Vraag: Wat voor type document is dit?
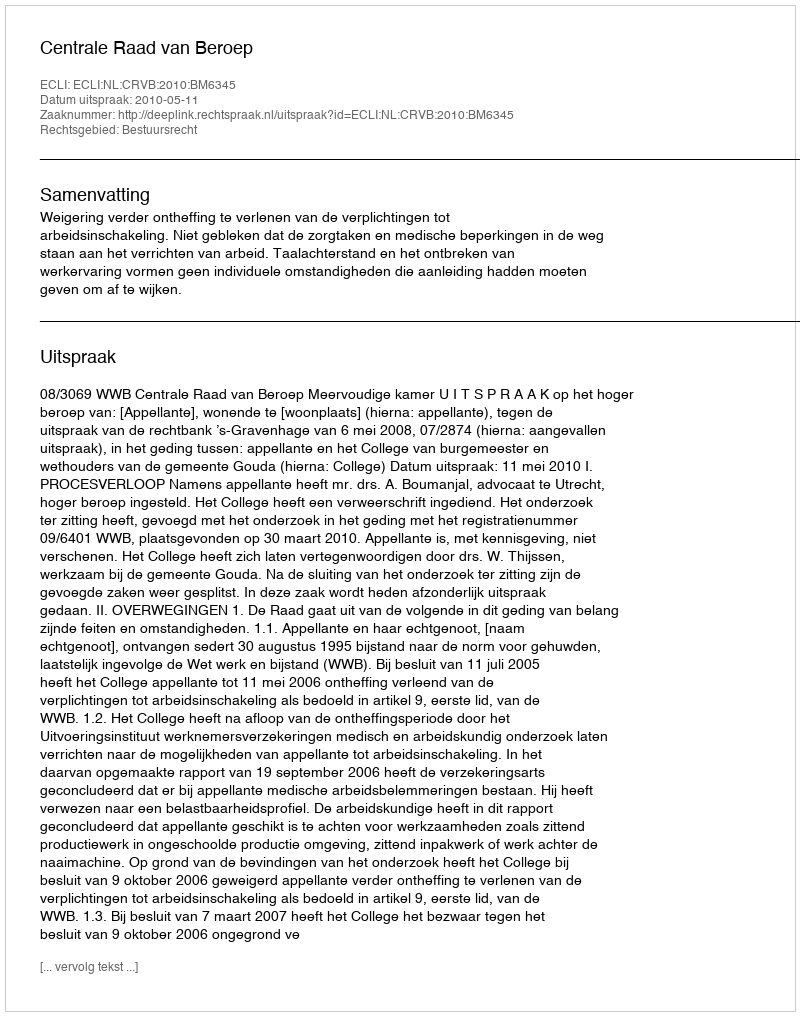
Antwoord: Uitspraak